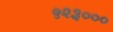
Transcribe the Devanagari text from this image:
५२३०००